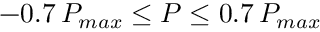
- 0 . 7 \, P _ { m a x } \le P \le 0 . 7 \, P _ { m a x }